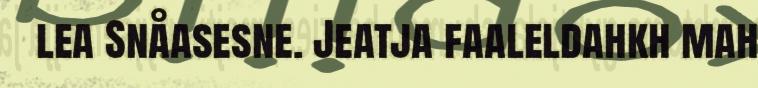
lea Snåasesne. Jeatja faaleldahkh mah